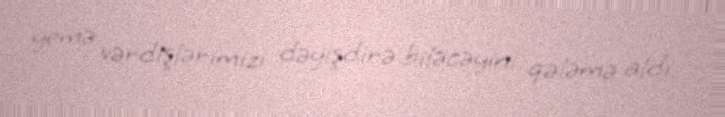
yemə vərdişlərimizi dəyişdirə biləcəyini qələmə aldı.